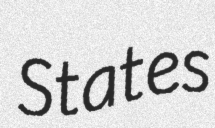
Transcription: States